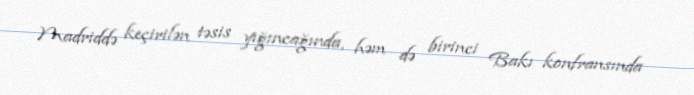
Madriddə keçirilən təsis yığıncağında, həm də birinci Bakı konfransında